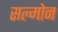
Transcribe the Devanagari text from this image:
सल्मोन